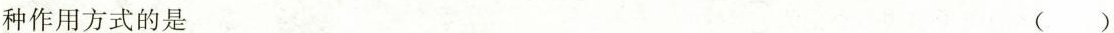
种作用方式的是 ()